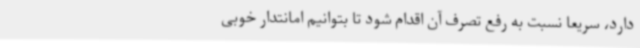
دارد، سریعاً نسبت به رفع تصرف آن اقدام شود تا بتوانیم امانتدار خوبی